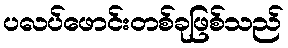
ပလပ်ဖောင်းတစ်ခုဖြစ်သည်